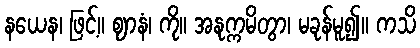
နယေန၊ ဖြင့်။ ဈာနံ၊ ကို။ အနုက္ကမိတွာ၊ မခုန်မူ၍။ ကသိ